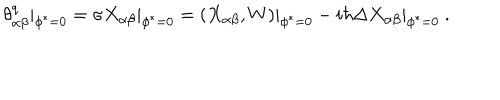
\theta _ { \alpha \beta } ^ { q } | _ { \phi ^ { * } = 0 } = \sigma X _ { \alpha \beta } | _ { \phi ^ { * } = 0 } = ( X _ { \alpha \beta } , W ) | _ { \phi ^ { * } = 0 } - i \hbar \Delta X _ { \alpha \beta } | _ { \phi ^ { * } = 0 } \ .